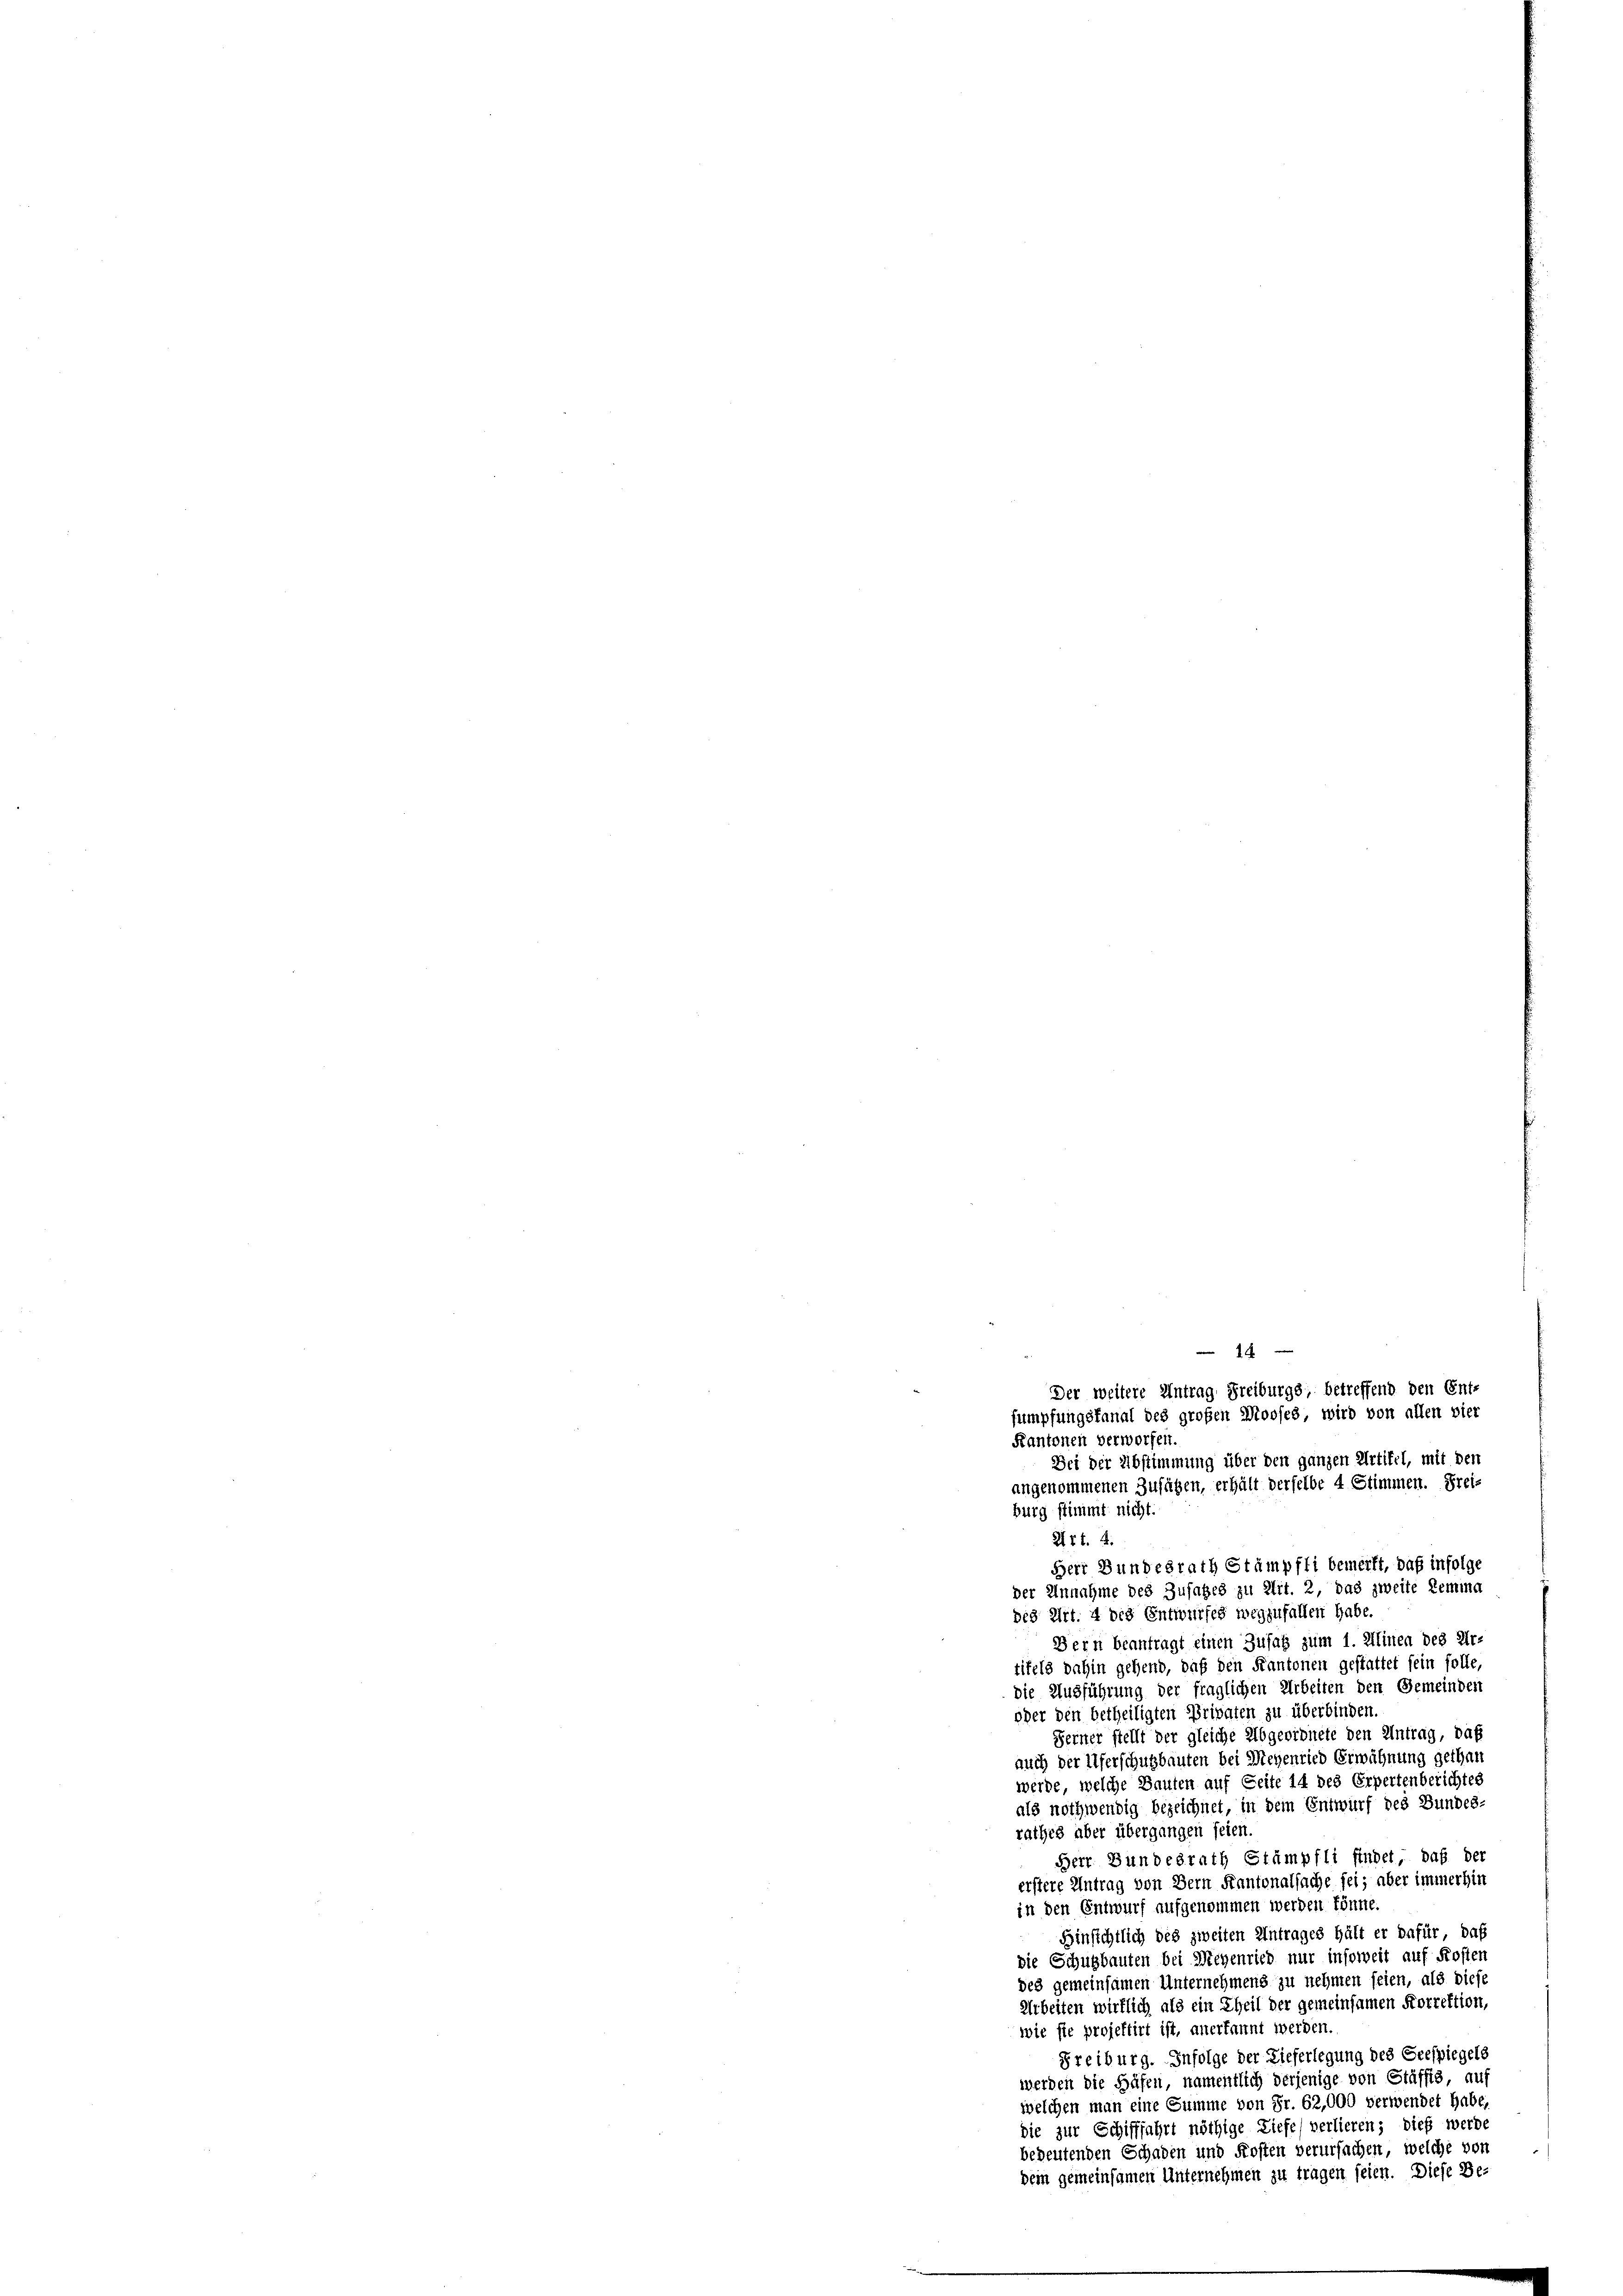
Herr Bundesrath Stämpfli bemerkt, daß infolge
der Annahme des Zusatzes zu Art. 2, das zweite Remina
des Art. 4 des Entwurfes wegzufallen habe.
Bern beantragt einen Zusatz zum 1. Alinen des Ur-
tifels dahin gehend, daß den Kantonen gestattet sein solle,
die Ausführung der fraglichen Arbeiten den Gemeinden
oder den betheiligten Privaten zu überbinden.
Ferner stellt der gleiche Abgeordnete den Antrag, daß
auch der Uferschutzbauten bei Wegenried Erwähnung gethan
werde, welche Bauten auf Seite 14 des Erpertenberichtes
als nothwendig bezeichnet, in dem Entwurf des Bundes-
rathes aber übergangen seien.
Herr Bundesrath Stämpfli findet, daß der
erstere Antrag von Bern Kantonalsache sei; aber immerhin
in den Entwurf aufgenommen werden könne.
Hinsichtlich des zweiten Antrages hält er dafür, daß
die Schulbauten bei Wichenried nur insoweit auf Kosten
des gemeinsamen Unternehmens zu nehmen seien, als diese
Arbeiten wirklich als ein Theil der gemeinsamen Korrektion,
wie sie projektirt ist, anerkannt werden.
Freiburg. Infolge der Lieferlegung des Seespiegels
werden die Häfen, namentlich derjenige von Stäffis, auf
welchen man eine Summe von Fr. 62,000 verwendet habe.
die zur Schifffahrt nöthige Liefe verlieren; dieß werde
bedeutenden Schaden und Frosten verursachen, welche von
dein gemeinsamen Unternehmen zu tragen seien. Diese Be-

40
Der weitere Antrag Freiburgs, betreffend den Ent-
sumpfungsfanal des großen Mooses wird von allen vier
Kantonen verworfen.
Sei der Abstimmung über den ganzen Artikel, mit den
angenommenen Zufügen, erhält derselbe 4 Stimmen. Preis
burg stimmt nicht
XVI. A.